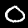
Label: 0